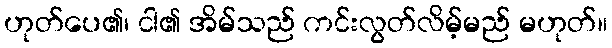
ဟုတ်ပေ၏၊ ငါ၏ အိမ်သည် ကင်းလွတ်လိမ့်မည် မဟုတ်။